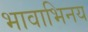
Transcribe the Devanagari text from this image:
भावाभिनय